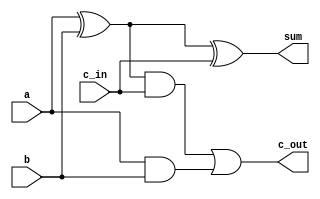

module fulladder (
  input  a, b, c_in, 
  output sum, c_out
);
  wire s1, c1, c2;
  xor g1(s1, a, b);
  xor g2(sum, s1, c_in);
  and g3(c1, a, b);
  and g4(c2, s1, c_in);
  or  g5(c_out, c2, c1);
endmodule

module not4 (input  [3:0] x, output [3:0] y);
  assign y = ~x;
endmodule

module xor4 (input  [3:0] a, input  [3:0] b, output [3:0] y);
  assign y = a ^ b;
endmodule

module add4 (
  input c_in, 
  input [3:0] a, 
  input [3:0] b, 
  output [3:0] sum, 
  output c_out
);
  wire [3:0] c;
  fulladder fa1(a[0],b[0], c_in, sum[0], c[1]) ;
  fulladder fa2(a[1],b[1], c[1], sum[1], c[2]) ;
  fulladder fa3(a[2],b[2], c[2], sum[2], c[3]) ;
  fulladder fa4(a[3],b[3], c[3], sum[3], c_out) ;
endmodule

module sub4 (
  input  op, 
  input  [3:0] a, 
  input  [3:0] b, 
  output [3:0] sum, 
  output c_out
);
  wire [3:0] bnot;
  not4 n1(b, bnot);
  add4 a1(op, a, bnot, sum, c_out);
endmodule

module addSub4 (
  input  op, 
  input  [3:0] a, 
  input  [3:0] b, 
  output [3:0] sum, 
  output c_out
);
  wire [3:0] bop;
  xor4 x1(b, {op, op, op, op}, bop);
  add4 a1(op, a, bop, sum, c_out);
endmodule

module main;
  reg  signed [3:0] a;
  reg  signed [3:0] b;
  wire signed [3:0] sum;
  reg  op;
  wire c_out;

  addSub4 as(op, a, b, sum, c_out);
  // add4 a4(op, a, b, sum, c_out);
  // sub4 s4(op, a, b, sum, c_out);

  initial begin
    a  = 4'b0101;
    b  = 4'b0000;
    op = 1'b0;

    $dumpfile("fulladder.vcd");
    $dumpvars;
  end

  always #1600 begin
    op = op + 1;
    $monitor("%dns monitor: op=%d a=%d b=%d sum=%d", $stime, op, a, b, sum);
  end

  always #100 begin
    b = b + 1;
  end

  initial #3000 $finish;

endmodule